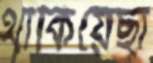
থাকিয়েছা